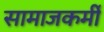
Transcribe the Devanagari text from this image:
सामाजकर्मी